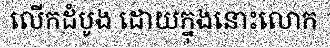
លើកដំបូង ដោយក្នុងនោះលោក